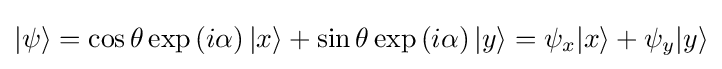
|\psi \rangle =\cos \theta \exp \left(i\alpha \right)|x\rangle +\sin \theta \exp \left(i\alpha \right)|y\rangle =\psi _{x}|x\rangle +\psi _{y}|y\rangle